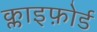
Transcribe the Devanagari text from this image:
क्लाइफ़ोर्ड